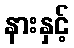
နားနှင့်